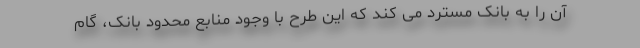
آن را به بانک مسترد می کند که این طرح با وجود منابع محدود بانک، گام